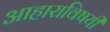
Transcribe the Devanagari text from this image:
आहाराविषयी